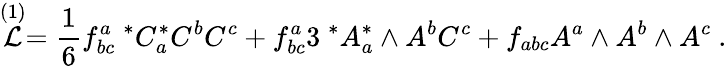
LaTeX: \stackrel{(1)}{\cal{L}}={\frac{1}{6}}f_{bc}^{a}\ ^{*}C_{a}^{*}C^{b}C^{c}+f_{bc}^{a}3\ ^{*}A_{a}^{*}\wedge A^{b}C^{c}+f_{abc}A^{a}\wedge A^{b}\wedge A^{c}\ .